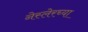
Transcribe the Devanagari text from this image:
नेस्लेरच्या